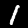
Label: 1